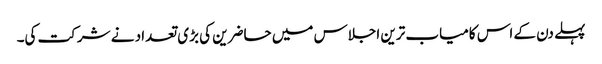
پہلے دن کے اس کامیاب ترین اجلاس میں حاضرین کی بڑی تعداد نے شرکت کی۔